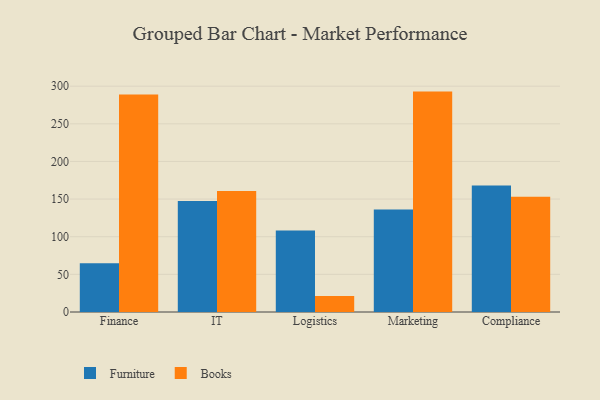
{"axis": {"x": "Department", "y": "Production Output"}, "legend": ["Books", "Furniture"], "data": [{"x": "Finance", "y": 64.8, "type": "Furniture"}, {"x": "Finance", "y": 288.9, "type": "Books"}, {"x": "IT", "y": 147.3, "type": "Furniture"}, {"x": "IT", "y": 160.9, "type": "Books"}, {"x": "Logistics", "y": 108.3, "type": "Furniture"}, {"x": "Logistics", "y": 21.4, "type": "Books"}, {"x": "Marketing", "y": 136.3, "type": "Furniture"}, {"x": "Marketing", "y": 292.8, "type": "Books"}, {"x": "Compliance", "y": 168.0, "type": "Furniture"}, {"x": "Compliance", "y": 153.1, "type": "Books"}]}